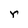
Character: r